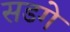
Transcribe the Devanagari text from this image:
सडगे